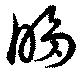
眵